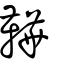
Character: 鞾